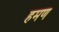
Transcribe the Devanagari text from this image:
हमण